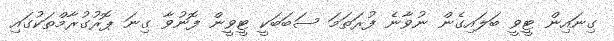
ގިނައިން ޓީވީ ބަލައިގެން ނުވާނެ ފުރަތަމަ ސަބަބަކީ ޓީވީން ފޮނުވާ ގިނަ ޕޮރުގުރާމްތަކުގައި